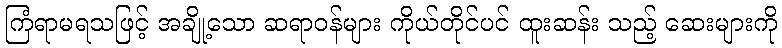
ကြံရာမရသဖြင့် အချို့သော ဆရာဝန်များ ကိုယ်တိုင်ပင် ထူးဆန်း သည့် ဆေးများကို